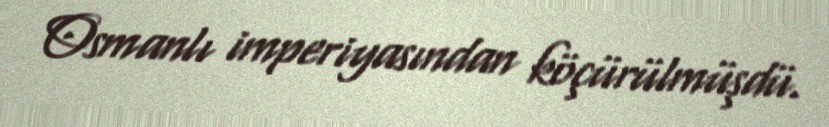
Osmanlı imperiyasından köçürülmüşdü.